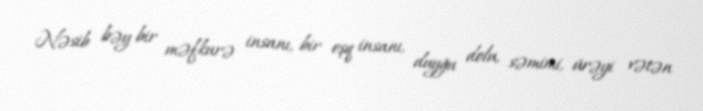
Nəsib bəy bir məfkurə insanı, bir eşq insanı, duyğu dolu, səmimi, ürəyi vətən